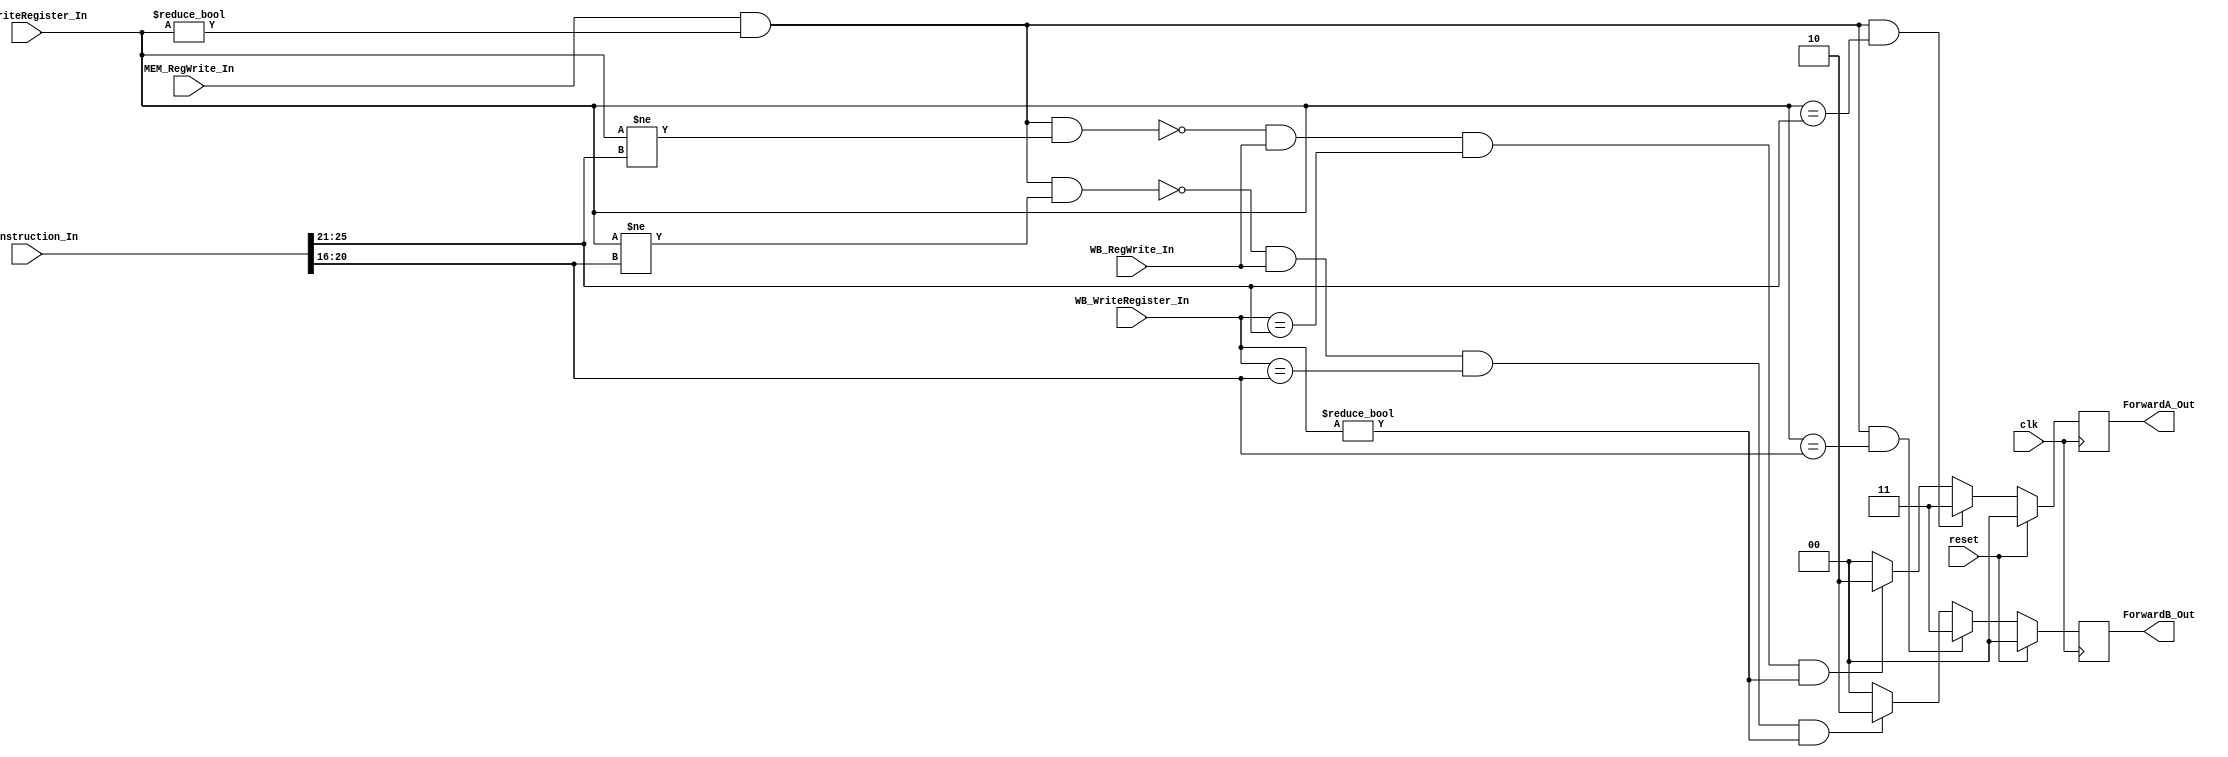
module Forwarding(MEM_WriteRegister_In,reset,WB_WriteRegister_In,MEM_RegWrite_In, WB_RegWrite_In, clk,EX_Instruction_In,ForwardA_Out, ForwardB_Out);
    input reset,MEM_RegWrite_In, WB_RegWrite_In,clk;
    input[4:0]MEM_WriteRegister_In;
    input[4:0]WB_WriteRegister_In;
    input[31:0]EX_Instruction_In;
    output reg[1:0]ForwardA_Out;
    output reg[1:0]ForwardB_Out;

	always @(posedge clk)begin //or reset
    if(reset)begin
      ForwardA_Out = 0;
      ForwardB_Out = 0;
    end
	  else begin
			if (MEM_RegWrite_In  && (MEM_WriteRegister_In != 0) && (MEM_WriteRegister_In == EX_Instruction_In[25:21]))begin
				ForwardA_Out = 2'b11;
      end
			else if (!(MEM_RegWrite_In && (MEM_WriteRegister_In != 0) && (MEM_WriteRegister_In != EX_Instruction_In[25:21])) && WB_RegWrite_In && (WB_WriteRegister_In == EX_Instruction_In[25:21]) && (WB_WriteRegister_In != 0)) begin
				ForwardA_Out = 2'b10;
      end
			else begin
				ForwardA_Out = 2'b00;
      end
      if (MEM_RegWrite_In && (MEM_WriteRegister_In != 0) && (MEM_WriteRegister_In == EX_Instruction_In[20:16]))begin
        ForwardB_Out = 2'b11;
      end
      else if (!(MEM_RegWrite_In && (MEM_WriteRegister_In != 0) && (MEM_WriteRegister_In != EX_Instruction_In[20:16])) && WB_RegWrite_In && (WB_WriteRegister_In == EX_Instruction_In[20:16]) && (WB_WriteRegister_In != 0)) begin
        ForwardB_Out = 2'b10;
      end
      else begin
        ForwardB_Out = 2'b00;
      end
	  end
  end
endmodule // Forwardig